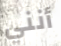
أنني